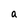
Character: a